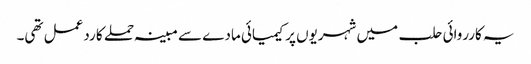
یہ کارروائی حلب میں شہریوں پر کیمیائی مادے سے مبینہ حملے کا ردعمل تھی۔